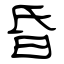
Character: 昏